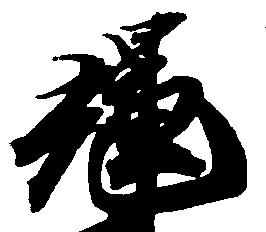
輝